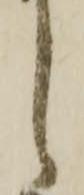
し